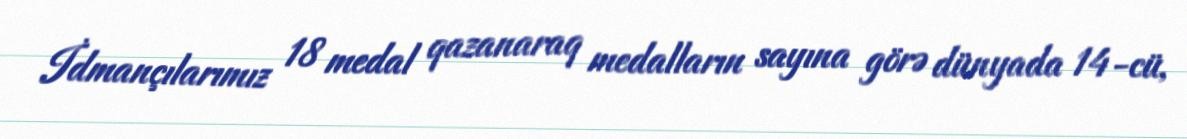
İdmançılarımız 18 medal qazanaraq medalların sayına görə dünyada 14-cü,